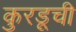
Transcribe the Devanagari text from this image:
कुरडूची